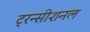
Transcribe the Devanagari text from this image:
ट्रन्सीशनल